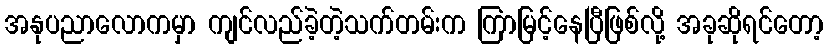
အနုပညာလောကမှာ ကျင်လည်ခဲ့တဲ့သက်တမ်းက ကြာမြင့်နေပြီဖြစ်လို့ အခုဆိုရင်တော့